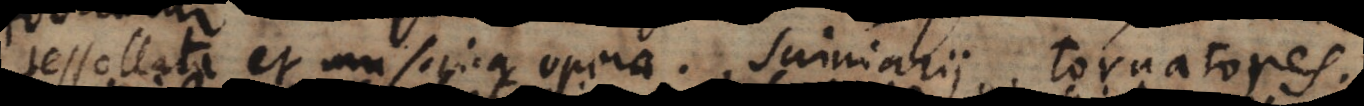
tessellata et musaica opera. Scriniarii. Tornatores.